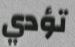
تؤدي